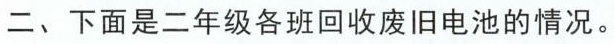
二、下面是二年级各班回收废旧电池的情况。